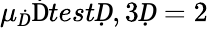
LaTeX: \mu_{Ḋ}\mathrm{Ḋ}testḌ,3Ḍ=2